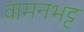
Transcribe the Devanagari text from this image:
वामनभट्ट